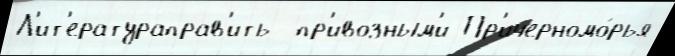
Л'ит'ератураправ'ить  пр'ивозным'и Пр'ичерномо́рья